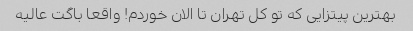
بهترین پیتزایی که تو کل تهران تا الان خوردم! واقعا باگت عالیه